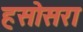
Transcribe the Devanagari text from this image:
हसोसरा